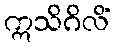
ဣသိဂိလိံ